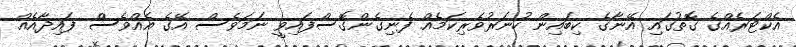
އެކްޓަރެއްގެ ގޮތުގައި އޭނާގެ ކިބައިން ހުނަރުވެރިކަމެއް ފެނިގެންގޮސްފައިވީ ނަމަވެސް އޭގެ އެއްވެސް ފައިދާއެއް